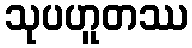
သုပဟူတဿ